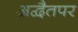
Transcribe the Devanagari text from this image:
अद्वैतपर